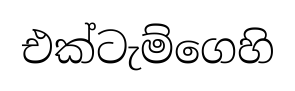
එක්ටැම්ගෙහි